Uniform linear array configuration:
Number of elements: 16
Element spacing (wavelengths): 0.5
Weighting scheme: exponential
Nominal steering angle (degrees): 60
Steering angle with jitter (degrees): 58.006
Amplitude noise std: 0.05
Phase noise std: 0.05

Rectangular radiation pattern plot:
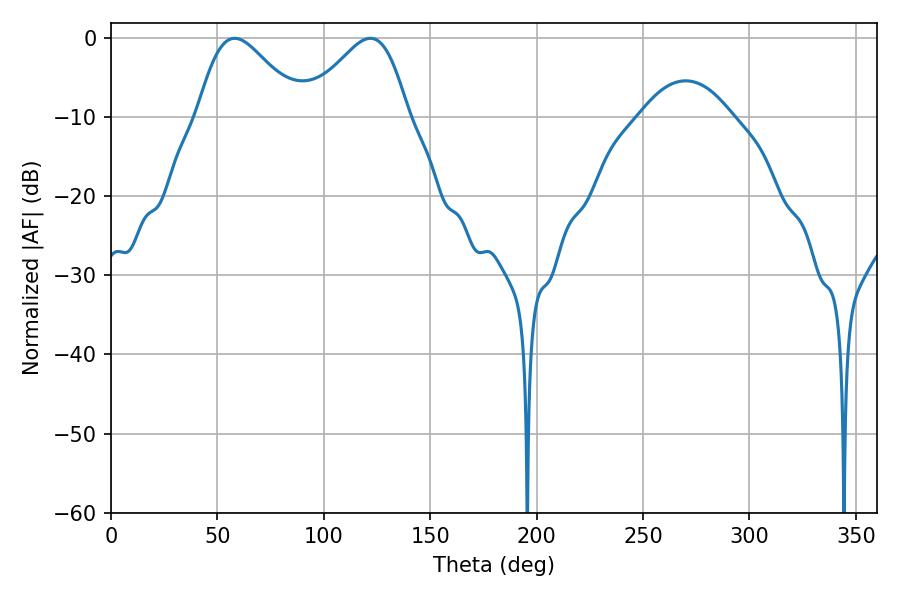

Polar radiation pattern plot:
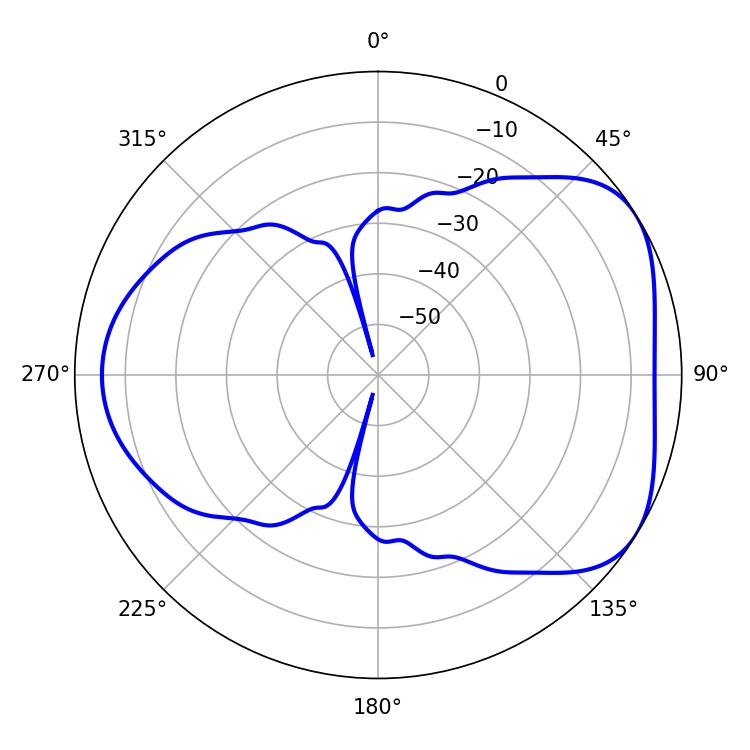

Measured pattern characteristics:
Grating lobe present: FALSE
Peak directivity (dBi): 4.68
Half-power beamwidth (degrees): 25.38
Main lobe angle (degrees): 58.14